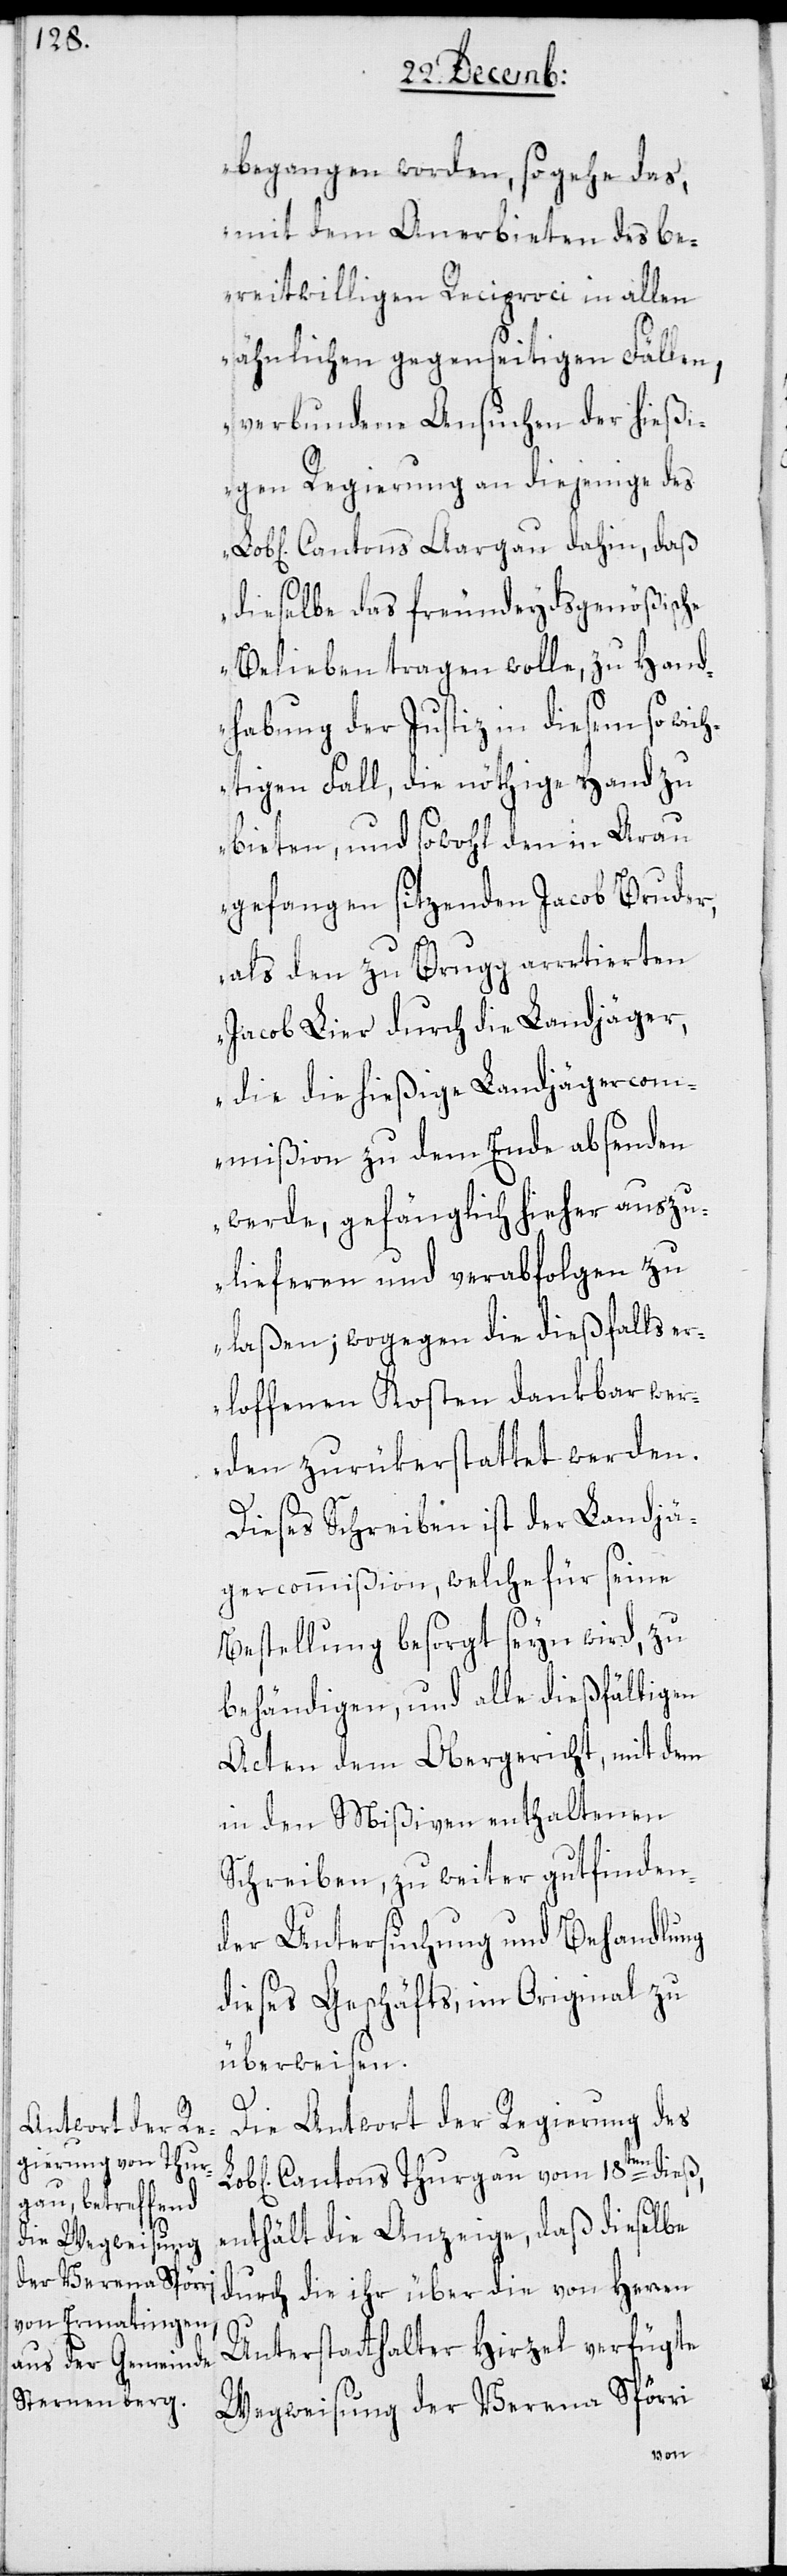
begangen worden, so gehe das,
mit dem Anerbieten des be¬
reitwilligen Reciproci in allen
ähnlichen gegenseitigen Fällen,
verbundene Ansuchen der hießi¬
gen Regierung an diejenige des
Cantons Aargau dahin, daß
dieselbe das freundeydsgenößische
Belieben tragen wolle, zu Hand¬
habung der Justiz in diesem so wich¬
tigen Fall, die nöthige Hand zu
bieten, und sowohl den in Arau
gefangen sitzenden Jacob Bruder,
als den zu Brugg arretierten
Jacob Lier durch die Landjäger,
die die hießige Landjägercom¬
mißion zu dem Ende absenden
werde, gefänglich hieher auszu¬
lieferen und verabfolgen zu
laßen; wogegen die dießfalls er¬
loffenen Kosten dankbar wer¬
den zurükerstattet werden.“
Dieses Schreiben ist der Landjä¬
gercommißion, welche für seine
Bestellung besorgt seyn wird, zu
behändigen, und alle dießfälligen
Acten dem Obergericht, mit dem
in den Mißiven enthaltenen
Schreiben, zu weiter gutfinden¬
der Untersuchung und Behandlung
dieses Geschäfts, im Original zu
überweisen.
Die Antwort der Regierung des
Cantons Thurgau vom 18ten dieß,
enthält die Anzeige, daß dieselbe
durch die ihr über die von Herren
Unterstatthalter Hirzel verfügte
Wegweisung der Verena Spörri